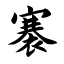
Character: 褰